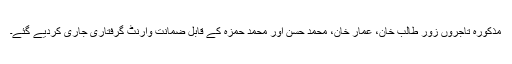
مذکورہ تاجروں زور طالب خان، عمار خان، محمد حسن اور محمد حمزہ کے قابل ضمانت وارنٹ گرفتاری جاری کردیے گئے۔